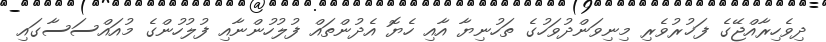
ދިވެހިރާއްޖޭގެ ފަޚުރުވެރި މިނިވަންދުވަހުގެ ތަހުނިޔާ އާއި ހެޔޮ އެދުންތައް ފުލުހުންނާއި ފުލުހުންގެ މުއައްސަސާގައި